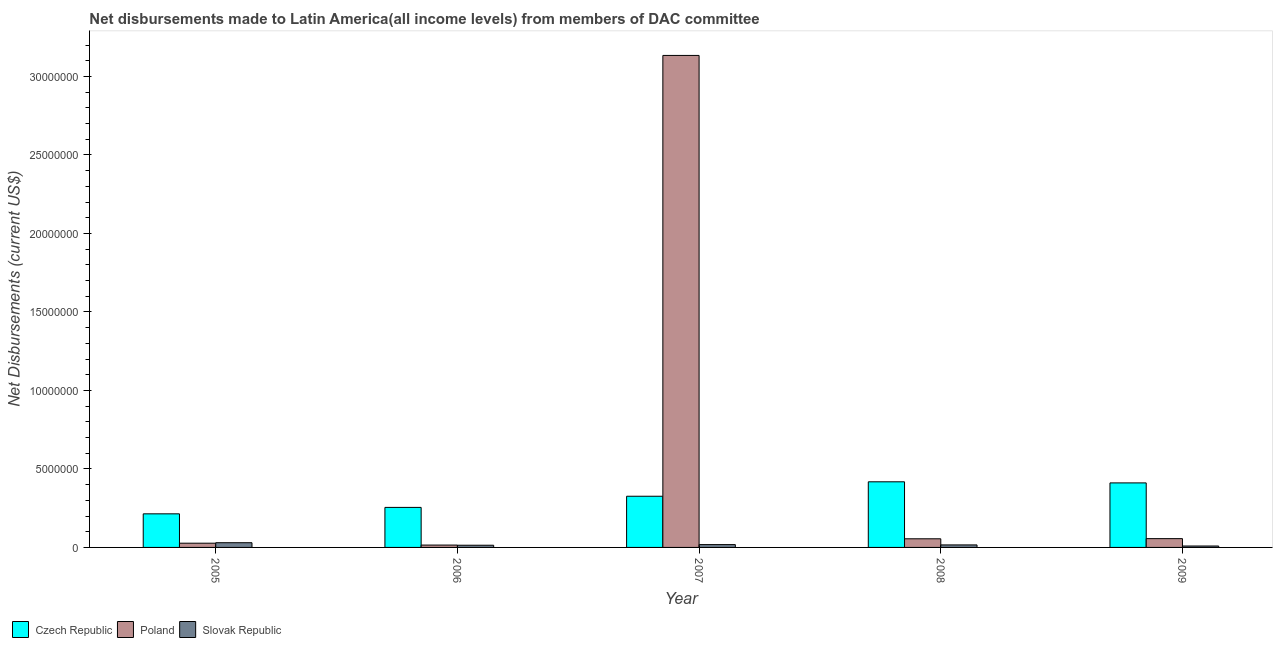
| Year | Czech Republic | Poland | Slovak Republic |
 | --- | --- | --- | --- |
 | 2005 | 2.14e+06 | 2.7e+05 | 3e+05 |
 | 2006 | 2.55e+06 | 1.5e+05 | 1.4e+05 |
 | 2007 | 3.26e+06 | 3.13e+07 | 1.8e+05 |
 | 2008 | 4.18e+06 | 5.5e+05 | 1.6e+05 |
 | 2009 | 4.11e+06 | 5.6e+05 | 9e+04 |